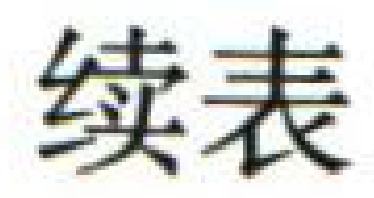
续表